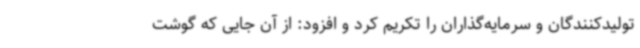
تولیدکنندگان و سرمایه‌گذاران را تکریم کرد و افزود: از آن جایی که گوشت